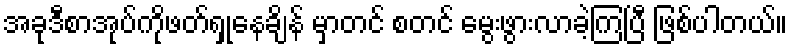
အခုဒီစာအုပ်ကိုဖတ်ရှုနေချိန် မှာတင် စတင် မွေးဖွားလာခဲ့ကြပြီ ဖြစ်ပါတယ်။